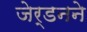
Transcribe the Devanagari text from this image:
जेर्डनने